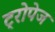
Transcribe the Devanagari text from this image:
ट्रोपेज